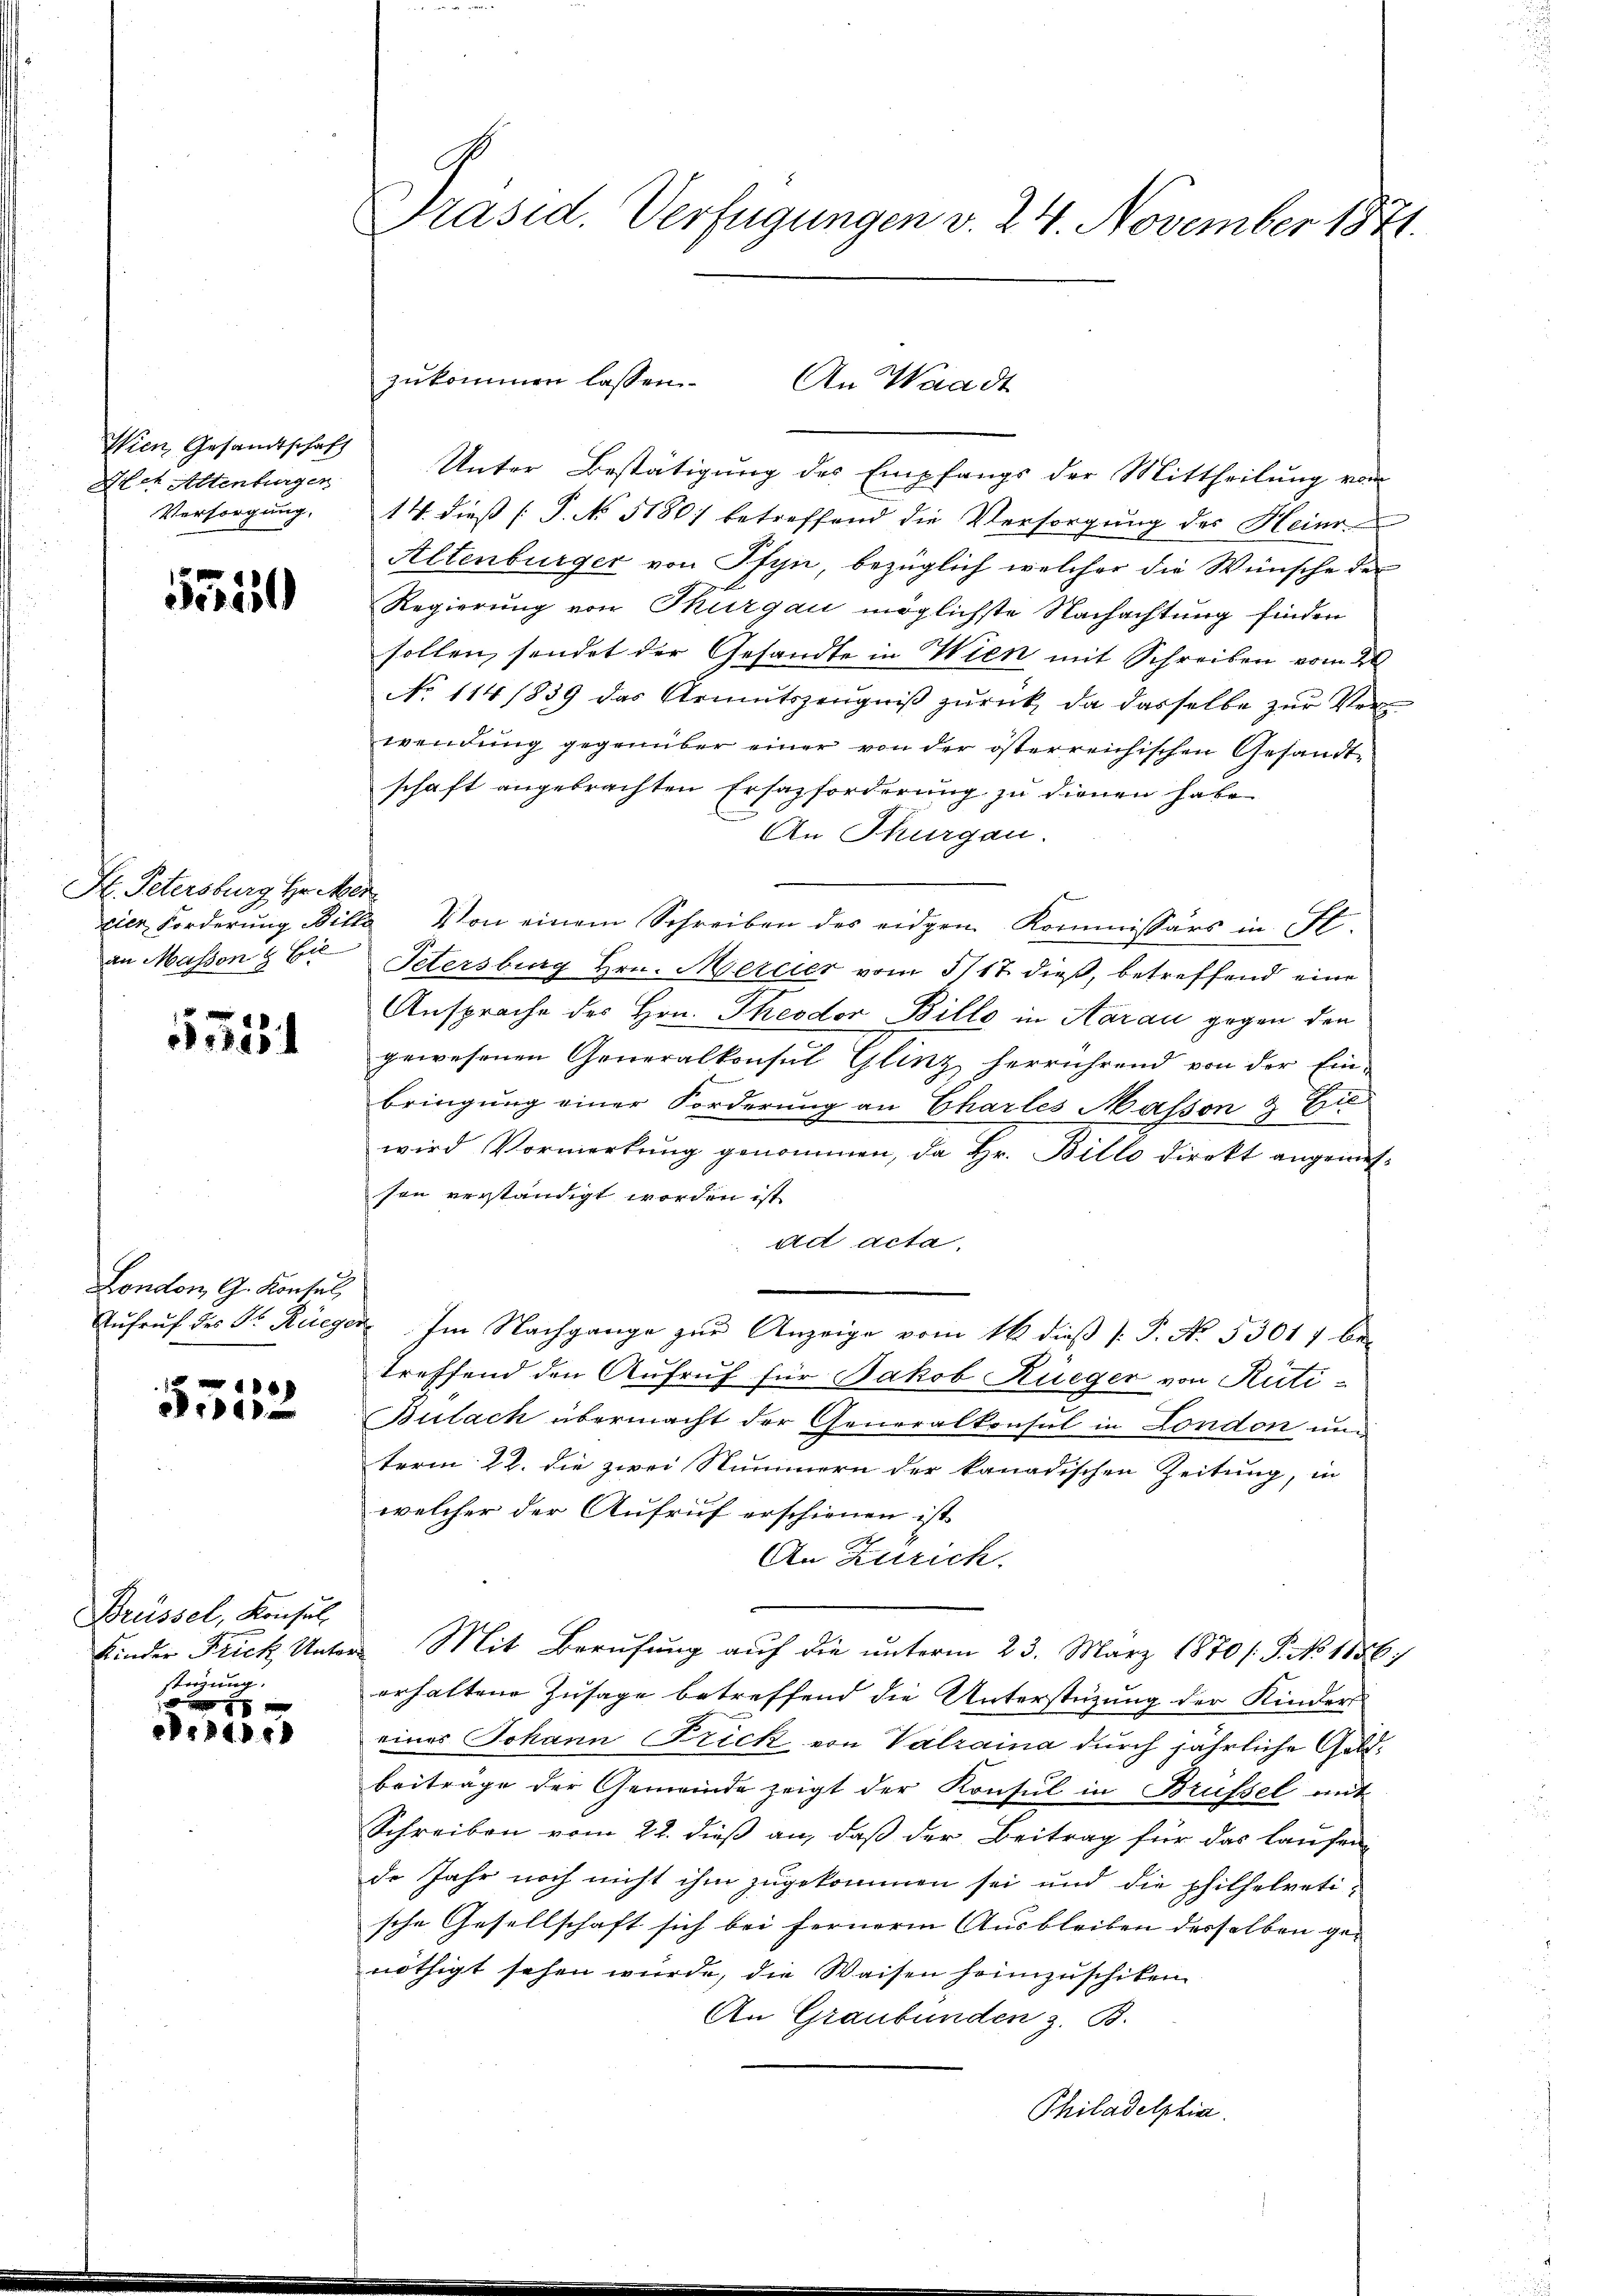
Wien Gesandtschaft
Aeh Altenburgen
Versorgung,

552

St. Petersburg Hecker

55

London, G. Konsul
16

aid

Brüssel, Konsul
stüzung.

0 f 2 x
P1241

Präsid. Verfügungen v. 24. November 1871.

Unter Bestätigung des Empfangs der Mittheilung vor
14. dieß P. No. 51801 betreffend die Versorgung des Heinr
Altenburger von Pfyn, bezüglich welcher die Wünsche der
Regierung von Thurgau möglichste Nachachtung finden
sollen, sendet der Gesandte in Wien mit Schreiben vom 20
No 114/839 das Armutszeŭgniβ zŭrück, da dasselbe zŭr Verwendung gegenüber einer von der österreichischen Gesandt
schaft angebrachten Ersatzforderung zu dienen habe
An Thurgau.
cier Forderung Bille Von einem Schreiben des eidgen Kommissärs in St.
an Massen & Er Petersburg Hrn. Mercer vom 5/17. dieß, betreffend eine
Ansprache des Hrn. Theodor Bille in Aarau gegen den
gewesenen Generalkonsul Glinz herrührend von der Ein-
bringung einer Forderung an Charles Massen & Bu
wird Vormerkŭng genommen, da Hr. Billo direkt angemes-
sen verständigt worden ist.
ad acta,
Aufruf des Dr. Rüeger Im Nachgange zur Anzeige vom 18 dieß P. No. 53017 bei
treffend den Aufruf für Jakob Rüeger von Rüti-
Bulach übermacht der Generalkonsul in London und
term 22. die zwei Nummern der kanadischen Zeitung, in
welcher der Aufruf erschienen ist
An Zürich.
Kinder Frick Unters Mit Berufung auf die unterm 23. März 1870 /: P. No 1156.
erhaltene Zusage betreffend die Unterstüzung der Kinder
eines Johann Frick von Valraina durch jährliche Geldbeiträge der Gemeinde zeigt der Konsul in Brüssel mit
Schreiben vom 22. dieß an, daß der Beitrag für das laufen
de Jahr noch nicht ihm zugekommen sei und die philhelveti-
sche Gesellschaft sich bei fernere Ausbleiben desselben ge-
nöthigt sehen würde, die Waisen heimzuschiken.
An Graubünden z. B.
Philadelphia

zukommen lassen.
An Waadt